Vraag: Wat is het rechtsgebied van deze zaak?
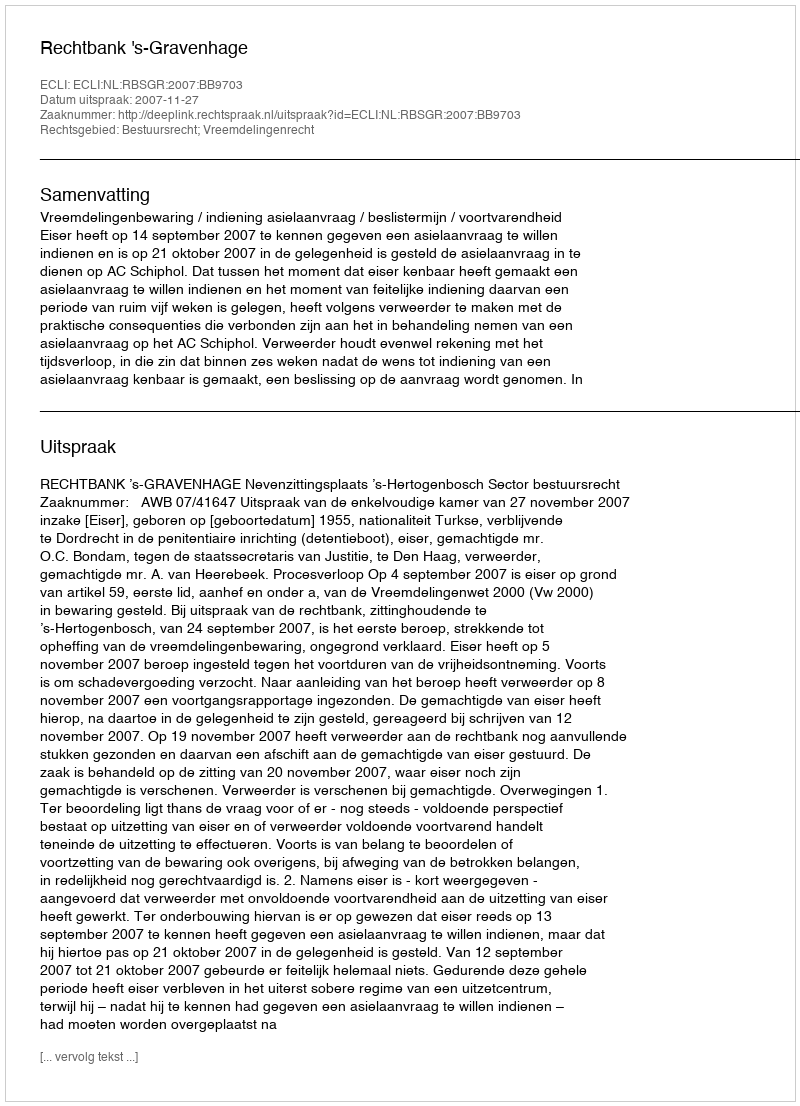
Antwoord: Bestuursrecht; Vreemdelingenrecht